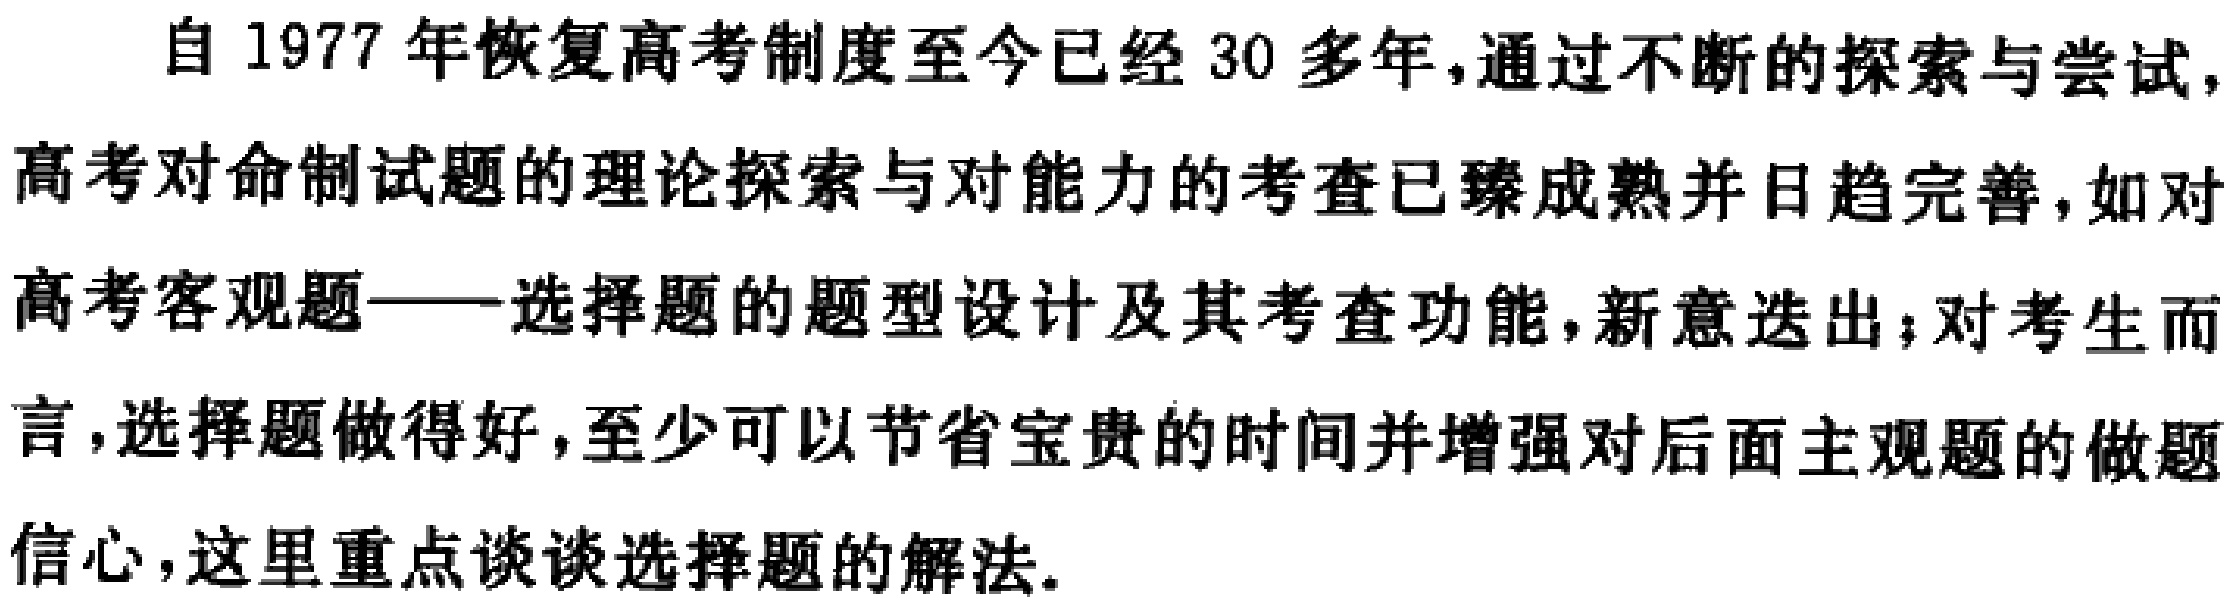
自1977 年恢复高考制度至今已经30 多年，通过不断的探索与尝试，高考对命制试题的理论探索与对能力的考查已臻成熟并日趋完善，如对高考客观题——选择题的题型设计及其考查功能，新意迭出；对考生而言，选择题做得好，至少可以节省宝贵的时间并增强对后面主观题的做题信心，这里重点谈谈选择题的解法。